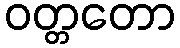
ဝတ္တတော